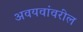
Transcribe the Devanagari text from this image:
अवयवांवरील